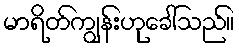
မာရိတ်ကျွန်းဟုခေါ်သည်။